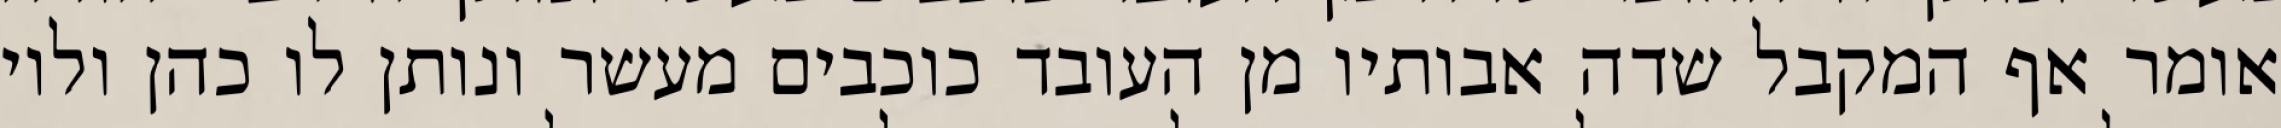
אומר אף המקבל שדה אבותיו מן העובד כוכבים מעשר ונותן לו כהן ולוי